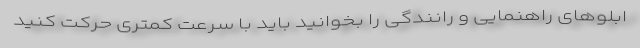
ابلوهای راهنمایی و رانندگی را بخوانید باید با سرعت کمتری حرکت کنید